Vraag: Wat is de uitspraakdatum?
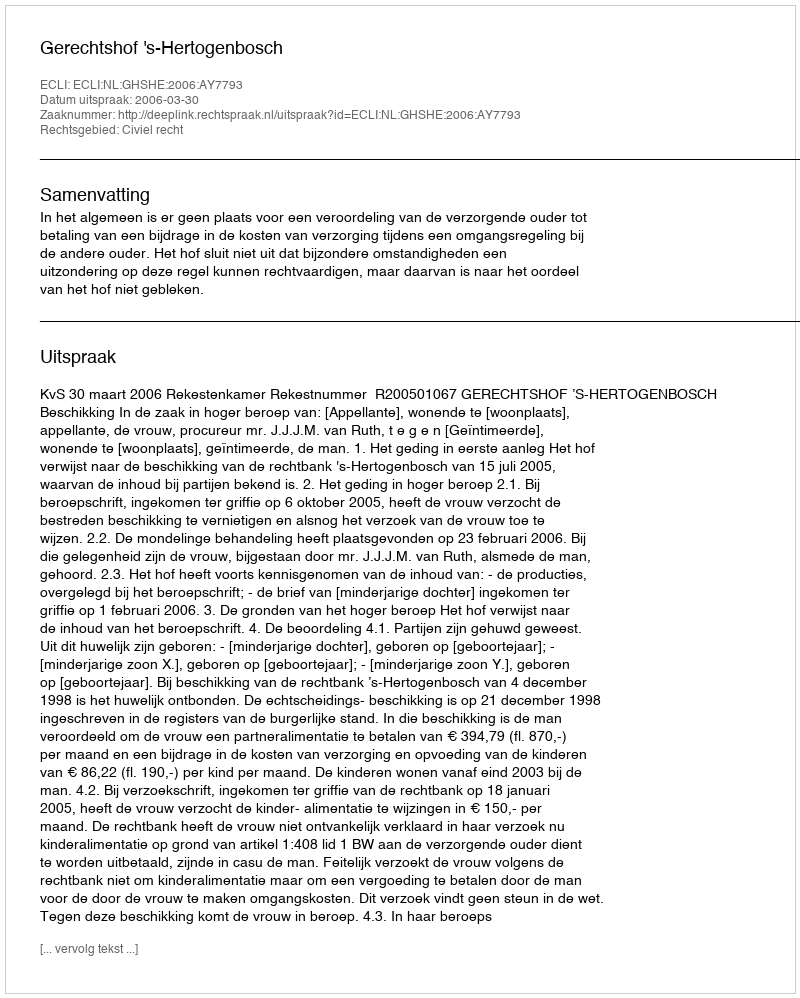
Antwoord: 2006-03-30